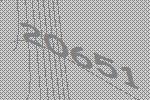
20651